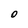
Character: 0